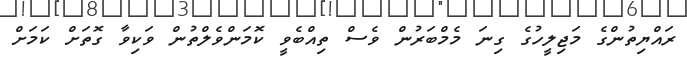
ރައްޔިތުންގެ މަޖިލީހުގެ ގިނަ މެމްބަރުން ވެސް ތިއްބެވީ ކޮމަންވެލްތުން ވަކިވާ ގޮތަށް ކަމަށް